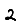
Digit: 2